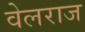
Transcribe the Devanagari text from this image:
वेलराज